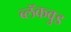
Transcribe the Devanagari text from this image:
ब्लॅकवुड